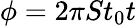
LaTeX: \phi=2\pi St_{0}t